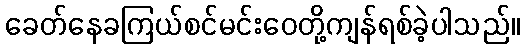
ခေတ်နေခကြယ်စင်မင်းဝေတို့ကျန်ရစ်ခဲ့ပါသည်။